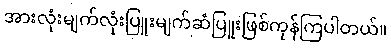
အားလုံးမျက်လုံးပြူးမျက်ဆံပြူးဖြစ်ကုန်ကြပါတယ်။